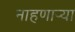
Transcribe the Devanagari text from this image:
नाहणाऱ्या